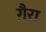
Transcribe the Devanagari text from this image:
गै़रा